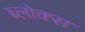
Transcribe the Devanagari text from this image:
ब्लोक्स